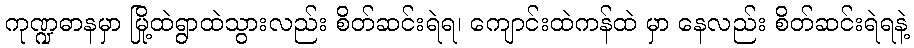
ကုဏ္ဍဓာနမှာ မြို့ထဲရွာထဲသွားလည်း စိတ်ဆင်းရဲရ၊ ကျောင်းထဲကန်ထဲ မှာ နေလည်း စိတ်ဆင်းရဲရနဲ့